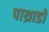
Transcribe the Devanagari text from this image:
पाथ्राडो